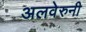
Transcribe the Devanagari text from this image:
अलवेरुनी